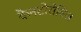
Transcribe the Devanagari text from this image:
कैनटोरोविज़